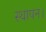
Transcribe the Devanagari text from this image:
स्थापन।